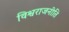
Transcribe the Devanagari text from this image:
विश्वराजनीति